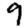
Digit: 9